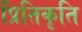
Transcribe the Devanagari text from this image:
प्रितिकृति